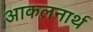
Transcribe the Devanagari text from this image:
आकलनार्थ